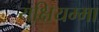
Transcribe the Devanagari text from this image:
यक्षियम्मा